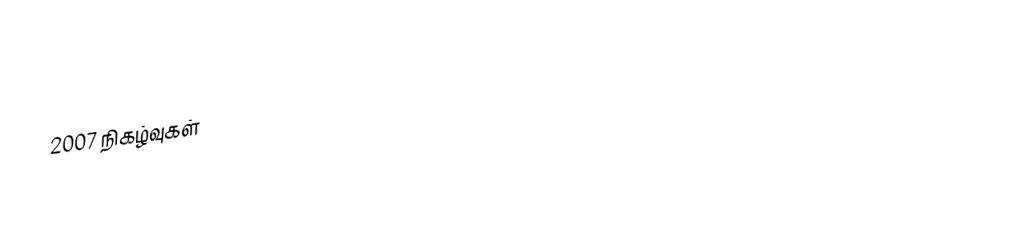
2007 நிகழ்வுகள்